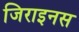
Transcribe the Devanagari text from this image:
जिराइनस